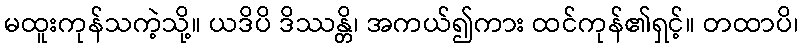
မထူးကုန်သကဲ့သို့။ ယဒိပိ ဒိဿန္တိ၊ အကယ်၍ကား ထင်ကုန်၏ရှင့်။ တထာပိ၊